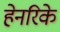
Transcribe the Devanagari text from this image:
हेनरिके